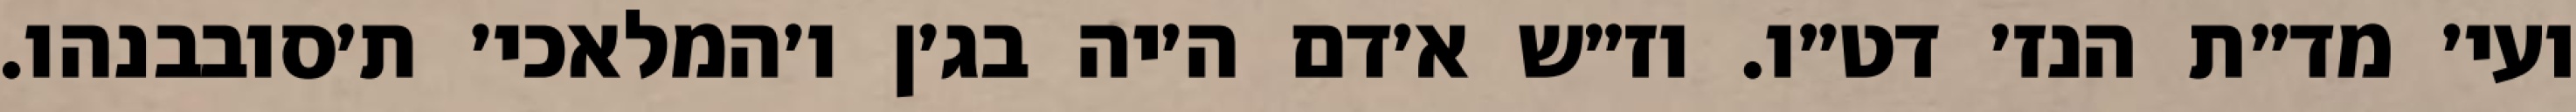
ועי׳ מד״ת הנז׳ דט״ו. וז״ש א׳דם ה׳יה בג׳ן ו׳המלאכי׳ ת׳סובבנהו.